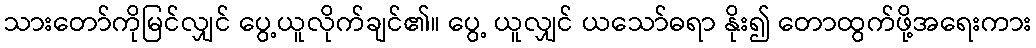
သားတော်ကိုမြင်လျှင် ပွေ့ယူလိုက်ချင်၏။ ပွေ့ ယူလျှင် ယသော်ဓရာ နိုး၍ တောထွက်ဖို့အရေးကား